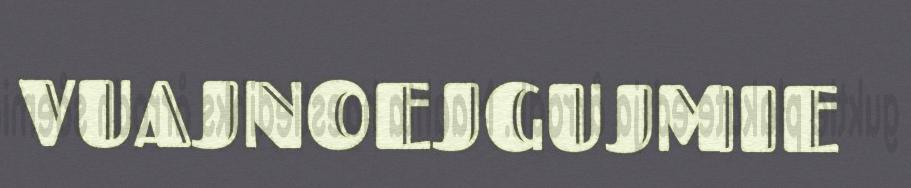
VUAJNOEJGUJMIE